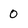
Character: O